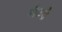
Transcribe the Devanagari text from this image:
नौकरो